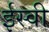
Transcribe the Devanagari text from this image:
र्इस्वी